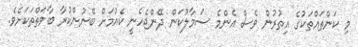
މި ކަންތައްތަކުގެ އިތުރުން ވެސް އެންމެ ސަމާލުކަން ދޭންޖެހެނީ ކެއުމަށް ބޭނުންކުރާ ބާވަތްތަކަށެވެ.